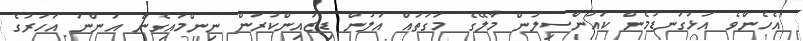
"އެހެންވެ އަޅުގަނޑުމެން ކައުންސިލުން މާލޭގެ މަގުތައް އަލުން ޑިޒައިންކުރަން ނިންމައިގެން އަންނަ އަހަރުގެ